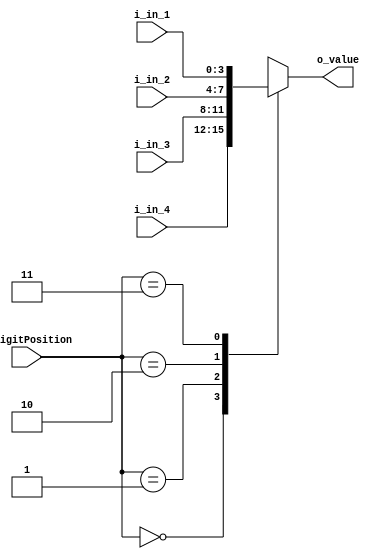
`timescale 1ns / 1ps

module MUX_4x1(
    input [3:0] i_in_1, i_in_2, i_in_3, i_in_4,
    input [1:0] i_digitPosition,
    output [3:0] o_value
    );

    reg [3:0] r_value;
    assign o_value = r_value;

    always @(*) begin
        case (i_digitPosition)
            2'b00 : r_value = i_in_4;
            2'b01 : r_value = i_in_3;
            2'b10 : r_value = i_in_2;
            2'b11 : r_value = i_in_1;
        endcase
    end
endmodule